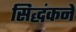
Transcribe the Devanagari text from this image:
सिद्धंकने